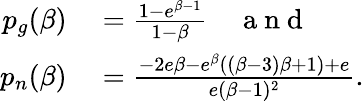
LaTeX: \begin{array}{rl}{p_{g}(\beta)}&{{}=\frac{1-e^{\beta-1}}{1-\beta}\quad\mathrm{~a~n~d~}}\\ {p_{n}(\beta)}&{{}=\frac{-2e\beta-e^{\beta}((\beta-3)\beta+1)+e}{e(\beta-1)^{2}}.}\end{array}